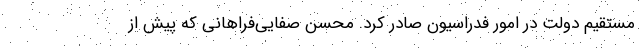
مستقیم دولت در امور فدراسیون صادر کرد. محسن صفایی‌فراهانی که پیش از